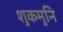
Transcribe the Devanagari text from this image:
शुकमुनि